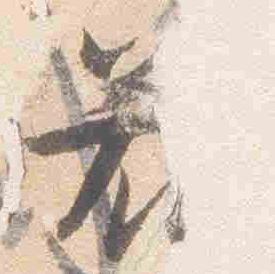
若